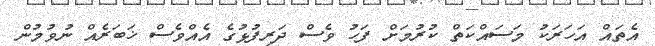
އެތައް އަހަރަކު މަސައްކަތް ކުރުމަށް ފަހު ވެސް ދަރިފުޅުގެ އެއްވެސް ޚަބަރެއް ނުވުމުން